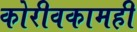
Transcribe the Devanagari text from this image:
कोरीवकामही